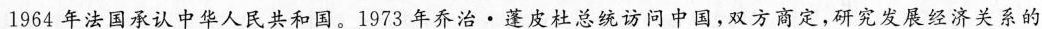
1964年法国承认中华人民共和国。1973年乔治·蓬皮杜总统访问中国，双方商定，研究发展经济关系的